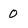
Character: 0